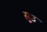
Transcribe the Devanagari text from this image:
सूउ